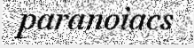
paranoiacs